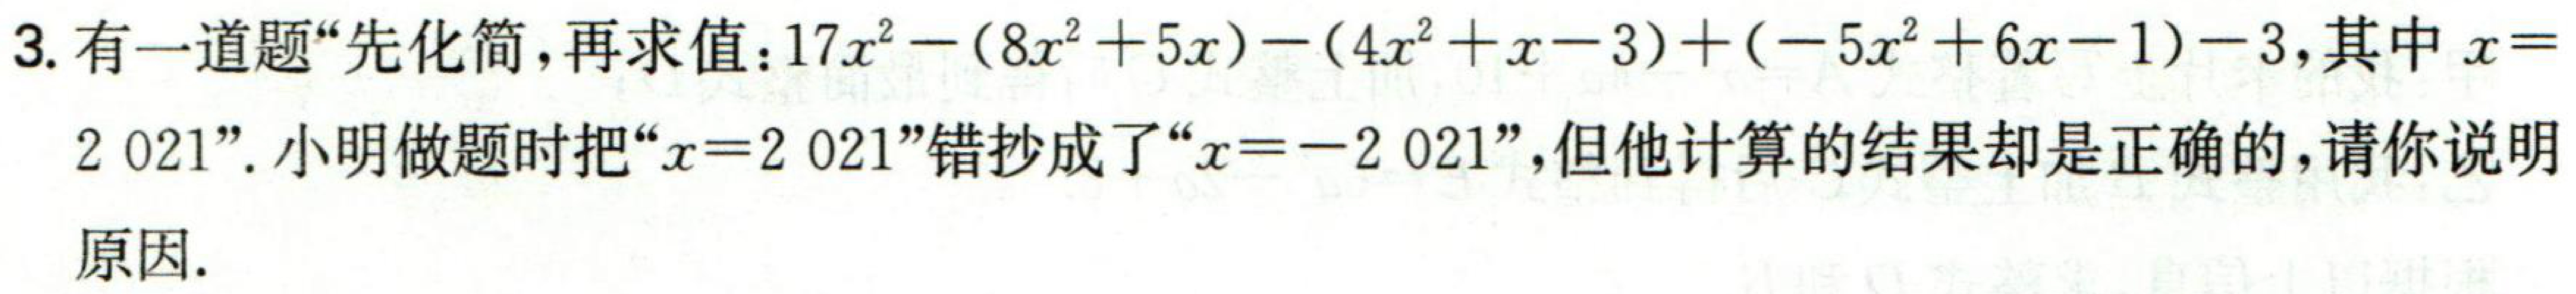
3. 有一道题“先化简，再求值：\(17x^{2}-(8x^{2}+5x)-(4x^{2}+x - 3)+(-5x^{2}+6x - 1)-3\)，其中\(x = 2021\)”。小明做题时把“\(x = 2021\)”错抄成了“\(x = - 2021\)”，但他计算的结果却是正确的，请你说明

原因.